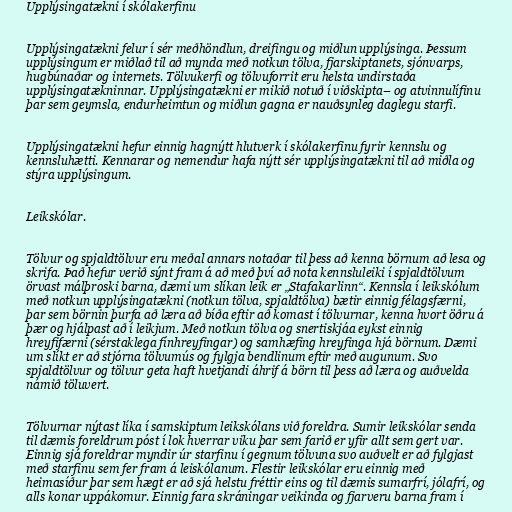
Upplýsingatækni í skólakerfinu

Upplýsingatækni felur í sér meðhöndlun, dreifingu og miðlun upplýsinga. Þessum
upplýsingum er miðlað til að mynda með notkun tölva, fjarskiptanets, sjónvarps,
hugbúnaðar og internets. Tölvukerfi og tölvuforrit eru helsta undirstaða
upplýsingatækninnar. Upplýsingatækni er mikið notuð í viðskipta– og atvinnulífinu
þar sem geymsla, endurheimtun og miðlun gagna er nauðsynleg daglegu starfi.

Upplýsingatækni hefur einnig hagnýtt hlutverk í skólakerfinu fyrir kennslu og
kennsluhætti. Kennarar og nemendur hafa nýtt sér upplýsingatækni til að miðla og
stýra upplýsingum.

Leikskólar.

Tölvur og spjaldtölvur eru meðal annars notaðar til þess að kenna börnum að lesa og
skrifa. Það hefur verið sýnt fram á að með því að nota kennsluleiki í spjaldtölvum
örvast málþroski barna, dæmi um slíkan leik er „Stafakarlinn“. Kennsla í leikskólum
með notkun upplýsingatækni (notkun tölva, spjaldtölva) bætir einnig félagsfærni,
þar sem börnin þurfa að læra að bíða eftir að komast í tölvurnar, kenna hvort öðru á
þær og hjálpast að í leikjum. Með notkun tölva og snertiskjáa eykst einnig
hreyfifærni (sérstaklega fínhreyfingar) og samhæfing hreyfinga hjá börnum. Dæmi
um slíkt er að stjórna tölvumús og fylgja bendlinum eftir með augunum. Svo
spjaldtölvur og tölvur geta haft hvetjandi áhrif á börn til þess að læra og auðvelda
námið töluvert.

Tölvurnar nýtast líka í samskiptum leikskólans við foreldra. Sumir leikskólar senda
til dæmis foreldrum póst í lok hverrar viku þar sem farið er yfir allt sem gert var.
Einnig sjá foreldrar myndir úr starfinu í gegnum tölvuna svo auðvelt er að fylgjast
með starfinu sem fer fram á leiskólanum. Flestir leikskólar eru einnig með
heimasíður þar sem hægt er að sjá helstu fréttir eins og til dæmis sumarfrí, jólafrí, og
alls konar uppákomur. Einnig fara skráningar veikinda og fjarveru barna fram í